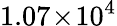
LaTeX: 1.07\! \times\! 10^{4}